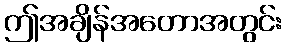
ဤအချိန်အတောအတွင်း